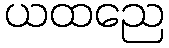
ယထညေ